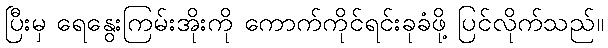
ပြီးမှ ရေနွေးကြမ်းအိုးကို ကောက်ကိုင်ရင်းခုခံဖို့ ပြင်လိုက်သည်။